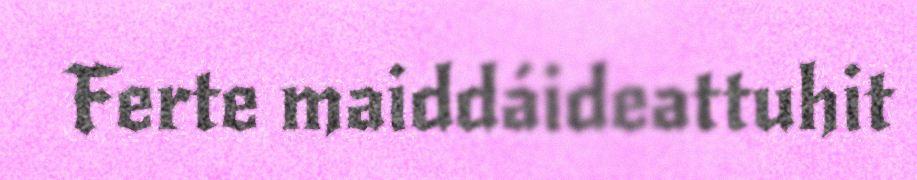
Ferte maiddáideattuhit